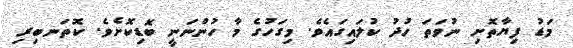
މަޑު ފިޔާތޮށި ނުވަތަ ހުދު ކުލައިގައެވެ. މިގަހުގެ މާ ހުންނަނީ ބޮޑިކޮށެވެ. ކޮތަނބިރި